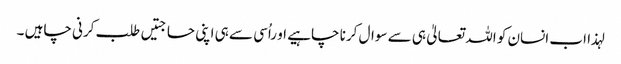
لہذا اب انسان کو اللہ تعالیٰ ہی سے سوال کرنا چاہیے او راُسی سے ہی اپنی حاجتیں طلب کرنی چاہیں ۔